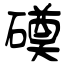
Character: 磸